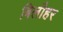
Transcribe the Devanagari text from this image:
बिलौहर